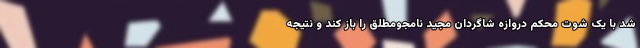
شد با یک شوت محکم دروازه شاگردان مجید نامجومطلق را باز کند و نتیجه